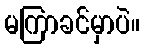
မကြာခင်မှာပဲ။